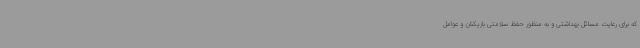
که برای رعایت مسائل بهداشتی و به منظور حفظ سلامتی بازیکنان و عوامل